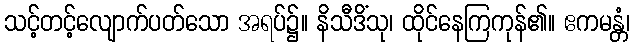
သင့်တင့်လျောက်ပတ်သော အရပ်၌။ နိသီဒိံသု၊ ထိုင်နေကြကုန်၏။ ဧကမန္တံ၊